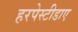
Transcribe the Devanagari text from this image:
हरपेस्टीडाए